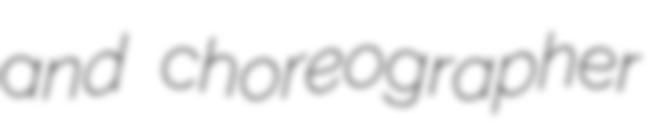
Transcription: and choreographer